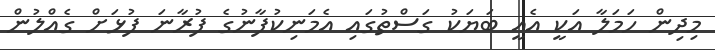
މިދިން ހަމަލާ އަކީ އެއީ ބަޔަކު ގަސްތުގައި އެމަނިކުފާނުގެ ފުރާނަ ފުޅަށް ގެއްލުން